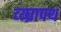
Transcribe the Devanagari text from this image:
व्य्घ्रापथ